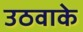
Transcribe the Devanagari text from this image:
उठवाके